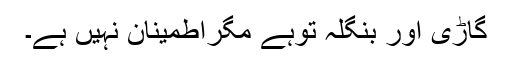
گاڑی اور بنگلہ توہے مگراطمینان نہیں ہے۔